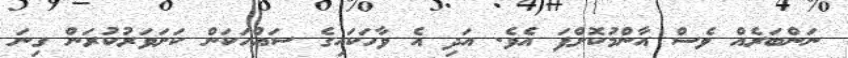
ނަންބަރެއް ވެސް އާންމުކޮށްފަ އެވެ. އަދި އެ ވާހަކައިގެ ސައްހަކަން ކަށަވަރުކުރަން ގިނަ